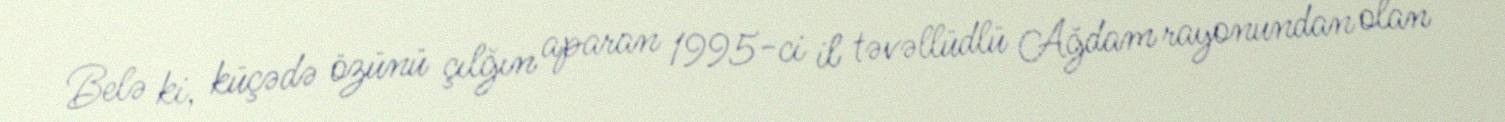
Belə ki, küçədə özünü çılğın aparan 1995-ci il təvəllüdlü Ağdam rayonundan olan